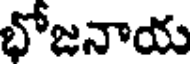
భోజనాయ